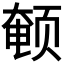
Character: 𬱨